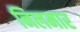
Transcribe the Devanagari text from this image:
निलमार